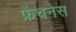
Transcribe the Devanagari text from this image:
फ्रेंचनेस